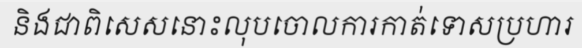
និងជាពិសេសនោះលុបចោលការកាត់ទោសប្រហារ